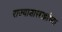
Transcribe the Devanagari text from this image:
राज्याशास्त्राज्ञांच्या